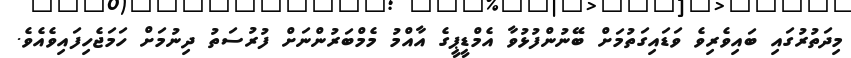
މިދަތުރުގައި ބައިވެރިވެ ވަޑައިގަތުމަށް ބޭނުންފުޅުވާ އެމްޑީޕީގެ އާއްމު މެމްބަރުންނަށް ފުރުސަތު ދިނުމަށް ހަމަޖެހިފައިވެއެވެ.